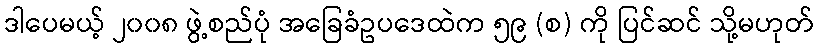
ဒါပေမယ့် ၂၀၀၈ ဖွဲ့စည်ပုံ အခြေခံဥပဒေထဲက ၅၉ (စ) ကို ပြင်ဆင် သို့မဟုတ်